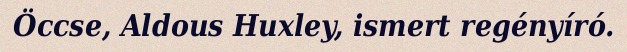
Öccse, Aldous Huxley, ismert regényíró.